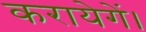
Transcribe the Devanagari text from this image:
करायेगें।